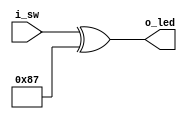
`default_nettype none

module maskbus(output wire [7:0] o_led, input wire [7:0] i_sw);
	wire [7:0] w_internal;

	assign w_internal = 8'h87;
	assign o_led = i_sw ^ w_internal;
endmodule